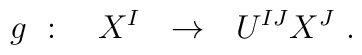
g\ :\quad X^I\ \ \rightarrow \ \ U^{IJ}X^J\ .